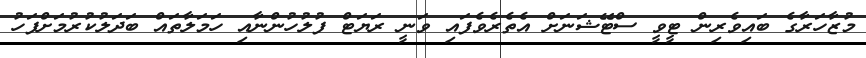
މުޒާހަރާގެ ބައިވެރިން ޓީވީ ސްޓޭޝަނަށް އެތެރެވެފައި ވަނީ ރަޔަޓް ފުލުހުންނާއި ހަމަލާތައް ބަދަލުކުރުމަށްފަހު